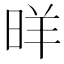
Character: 𱢂